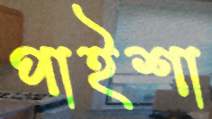
পাইশা